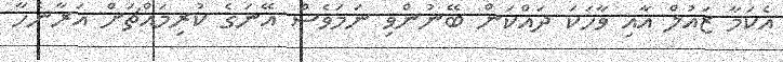
އެކަމާ ޒައުލް އާއި ވާހަކަ ދައްކަން ބޭނުންވި ނަމަވެސް އޭނަގެ ކުރިމައްޗަށް އަރާނެހާ